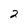
Character: 2